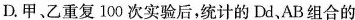
D.甲、乙重复100次实验后，统计的Dd、AB组合的